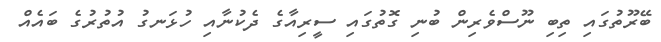
ބޭރޫތުގައި ތިބި ނޫސްވެރިން ބުނި ގޮތުގައި ސީރިއާގެ ދެކުނާއި ހުޅަނގު އުތުރުގެ ބައެއް